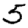
Digit: 5